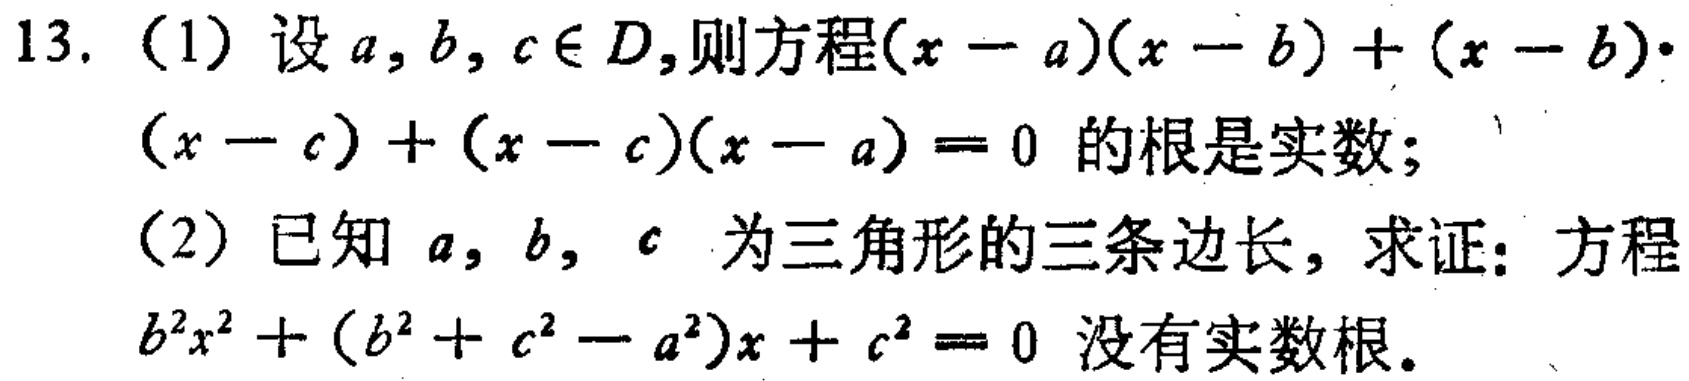
13. (1) 设\(a,b,c\in D\)，则方程\((x - a)(x - b)+(x - b)\cdot(x - c)+(x - c)(x - a)=0\)的根是实数；
(2) 已知\(a,b,c\)为三角形的三条边长，求证：方程\(b^{2}x^{2}+(b^{2}+c^{2}-a^{2})x + c^{2}=0\)没有实数根。